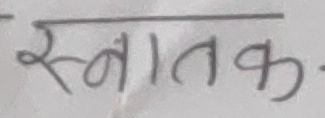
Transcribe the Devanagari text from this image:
स्नातक